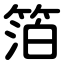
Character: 箔